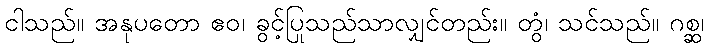
ငါသည်။ အနုပတော ဧဝ၊ ခွင့်ပြုသည်သာလျှင်တည်း။ တွံ၊ သင်သည်။ ဂစ္ဆ၊